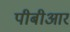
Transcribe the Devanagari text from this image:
पीबीआर